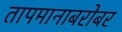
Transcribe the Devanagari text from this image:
तापमानाबरोबर